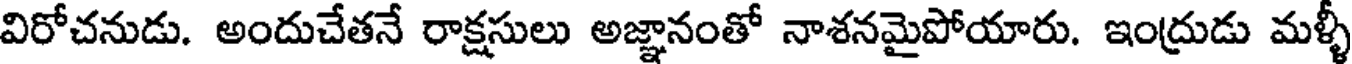
విరోచనుడు. అందుచేతనే రాక్షసులు అజ్ఞానంతో నాశనమైపోయారు. ఇంద్రుడు మళ్ళీ